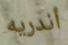
أندريه